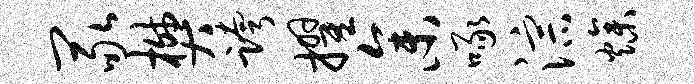
冢樊跨擢参啄淙燥